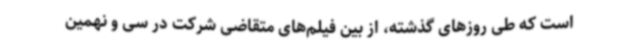
است که طی روزهای گذشته، از بین فیلم‌های متقاضی شرکت در سی و نهمین